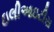
ઇલીઆઇટીસ